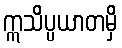
ဣသိပ္ပယာတမှိ